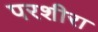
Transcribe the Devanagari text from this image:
परशीरा